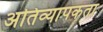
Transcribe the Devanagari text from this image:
अतिव्यापकता